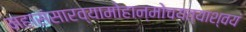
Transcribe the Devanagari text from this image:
महासंसारव्यामोहान्मोचयत्याश्‍वयं